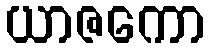
ယာဇကော